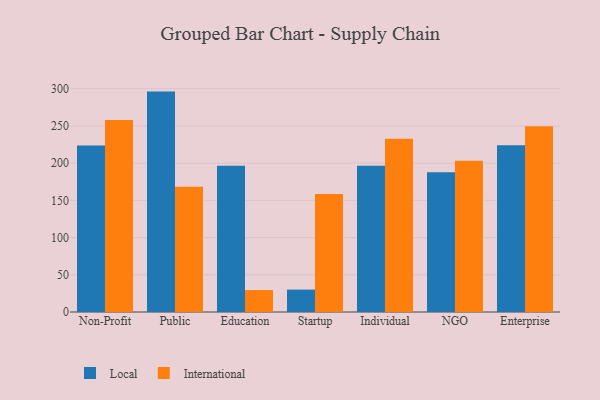
{"axis": {"x": "Segment", "y": "Satisfaction Score"}, "legend": ["International", "Local"], "data": [{"x": "Non-Profit", "y": 223.7, "type": "Local"}, {"x": "Non-Profit", "y": 258.2, "type": "International"}, {"x": "Public", "y": 296.2, "type": "Local"}, {"x": "Public", "y": 168.3, "type": "International"}, {"x": "Education", "y": 196.6, "type": "Local"}, {"x": "Education", "y": 29.5, "type": "International"}, {"x": "Startup", "y": 30.1, "type": "Local"}, {"x": "Startup", "y": 158.7, "type": "International"}, {"x": "Individual", "y": 196.4, "type": "Local"}, {"x": "Individual", "y": 233.0, "type": "International"}, {"x": "NGO", "y": 187.8, "type": "Local"}, {"x": "NGO", "y": 203.2, "type": "International"}, {"x": "Enterprise", "y": 224.1, "type": "Local"}, {"x": "Enterprise", "y": 249.8, "type": "International"}]}